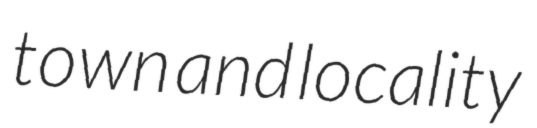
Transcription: town and locality